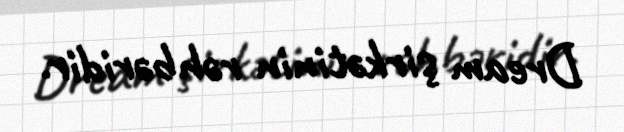
Dream şirkətinin rəhbəridir.